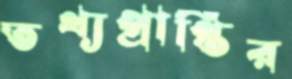
তথ্যপ্রাপ্তির